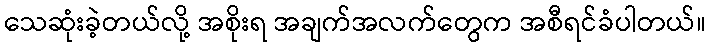
သေဆုံးခဲ့တယ်လို့ အစိုးရ အချက်အလက်တွေက အစီရင်ခံပါတယ်။